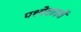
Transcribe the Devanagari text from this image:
पश्येदादर्शे